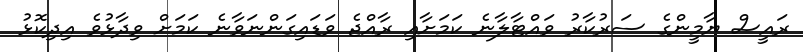
ރައީސް ޔާމީންގެ ސަރުކާރު ވައްޓާލާނެ ކަމަށާއި ރާއްޖެ ވަޑައިގަންނަވާނެ ކަމަށް ވިދާޅުވެ އިދިކޮޅު